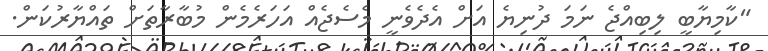
"ކާމިޔާބީ ލިބިއްޖެ ނަމަ ދުނިޔެ އަށް އެދެވެނީ މެސެޖެއް އަހަރެމެން މުބާރާތަށް ތައްޔާރުކަން.